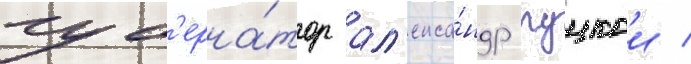
губ'ерна́тор ал'екса́ндр руцкои /